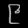
Digit: ၉